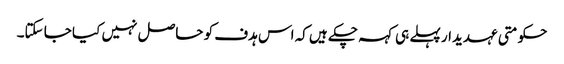
حکومتی عہدیدار پہلے ہی کہہ چکے ہیں کہ اس ہدف کو حاصل نہیں کیا جا سکتا۔